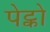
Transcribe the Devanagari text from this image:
पेट्को